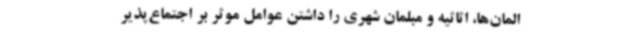
المان‌ها، اثاثیه و مبلمان شهری را داشتن عوامل موثر بر اجتماع‌پذیر